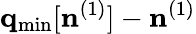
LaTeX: {\mathbf q}_{\mathrm{min}}[{\mathbf n}^{(1)}]-{\mathbf n}^{(1)}